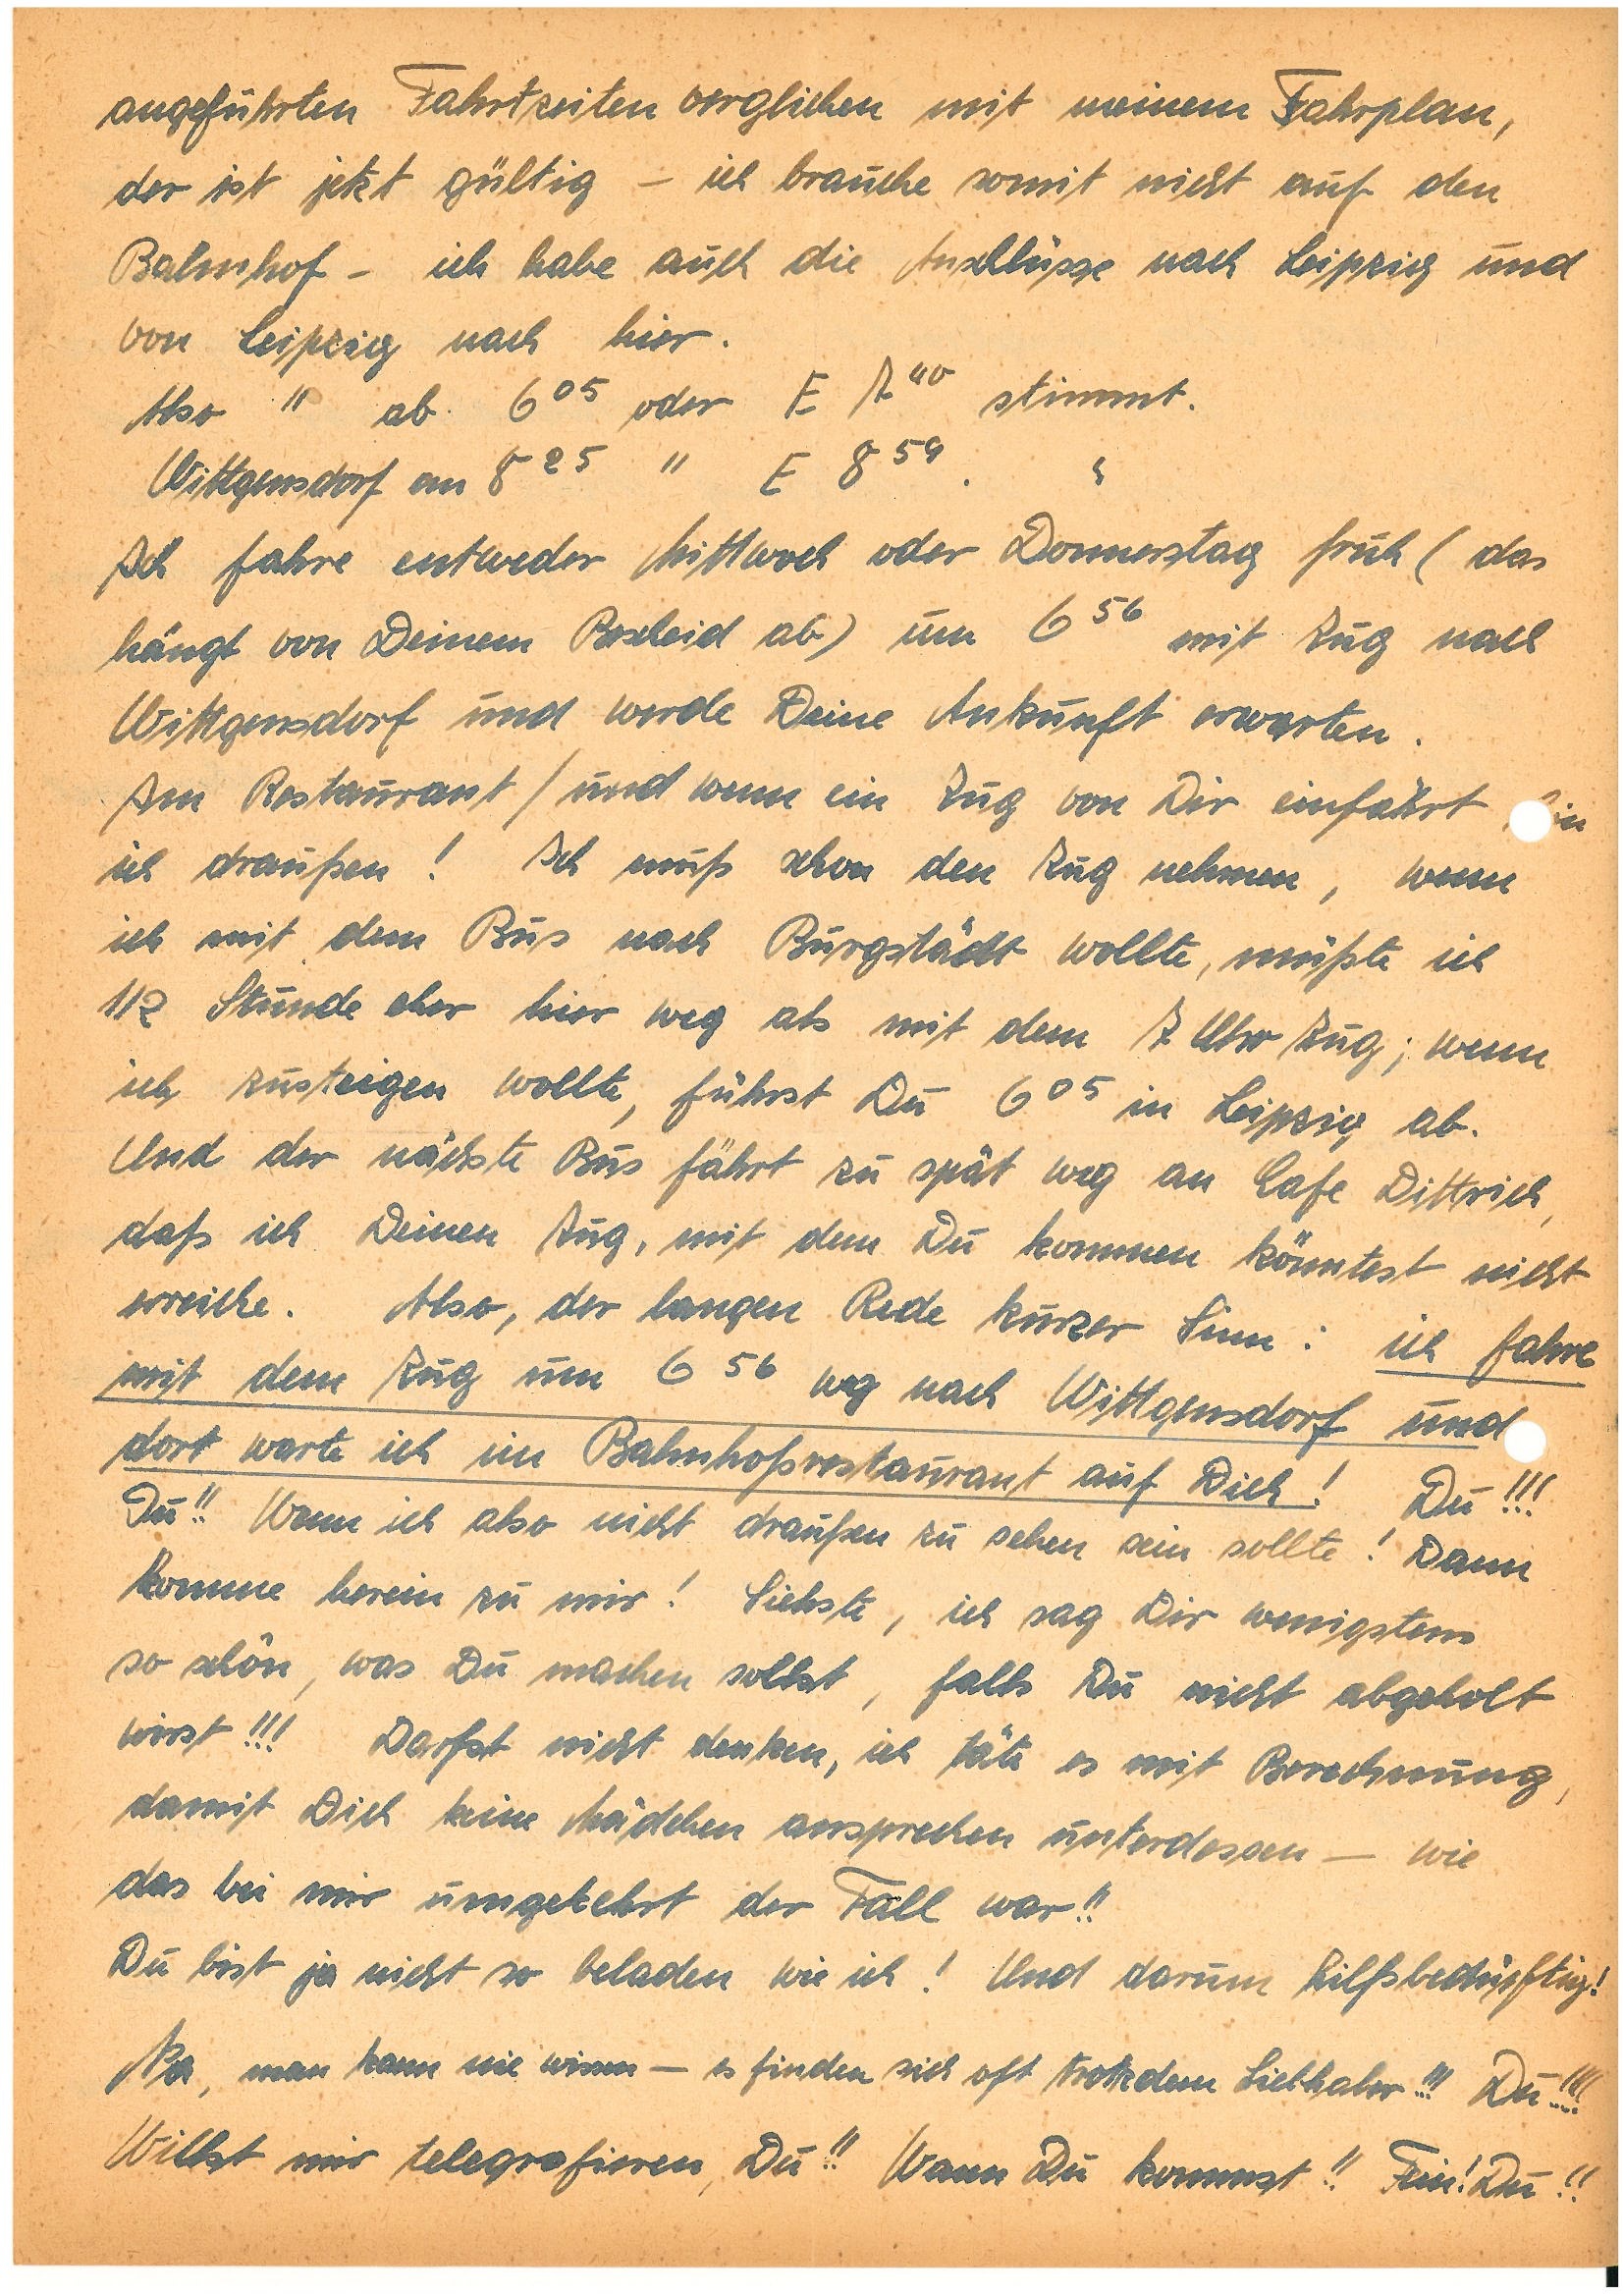
angeführten Fahrtzeiten verglichen mit meinem Fahrplan,
der ist jetzt gültig – ich brauche somit nicht auf den
Bahnhof – ich habe auch die Anschlüsse nach Leipzig und
von Leipzig nach hier.
Also ” ab oder E stimmt.
W. an” E”
Ich fahre entweder Mittwoch oder Donnerstag früh (das
hängt von Deinem Bescheid ab) um mit Zug nach
W. und werde Deine Ankunft erwarten.
Am Restaurant / und wenn ein Zug von Dir einfährt, n
ich draußen! Ich muß schon den Zug nehmen, wenn
ich mit dem Bus nach B. wollte, müßte ich
½ Stunde eher hier weg als mit dem 7 Uhr Zug; wenn
ich zusteigen wollte, führst Du in Leipzig ab.
Und der nächste Bus fährt zu spät weg an Cafe D.,
daß ich Deinen Zug, mit dem Du kommen könntest nicht
erreiche. Also, der langen Rede kurzer Sinn: ich fahre
mit dem Zug um  weg nach W. und
dort warte ich im Bahnhofsrestaurant auf Dich! Du!!!
Du!! Wenn ich also nicht draußen zu sehen sein sollte! Dann
komme herein zu mir! Siehste, ich sag Dir wenigstens
so schön, was Du machen sollst, falls Du nicht abgeholt
wirst!!! Darfst nicht denken, ich täte es mit Berechnung,
damit Dich keine Mädchen ansprechen unterdessen – wie
das bei mir umgekehrt der Fall war!!
Du bist ja nicht so beladen wie ich! Und darum hilfsbedürftig!
Na, man kann nie wissen – es finden sich oft trotzdem Liebhaber!!! Du!!!!
Willst mir telegrafieren, Du!! Wann Du kommst!! Fein! Du!!